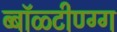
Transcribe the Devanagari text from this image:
ब्बॉळ्टीण्ग्ग